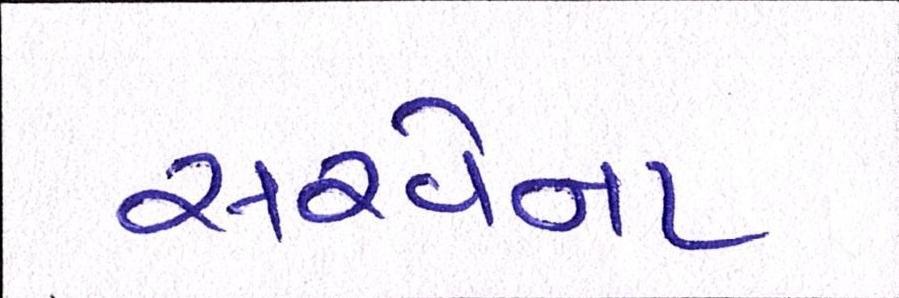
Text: સરવેના